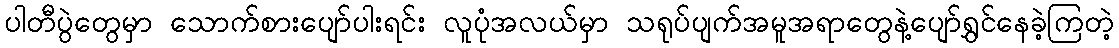
ပါတီပွဲတွေမှာ သောက်စားပျော်ပါးရင်း လူပုံအလယ်မှာ သရုပ်ပျက်အမူအရာတွေနဲ့ပျော်ရွှင်နေခဲ့ကြတဲ့